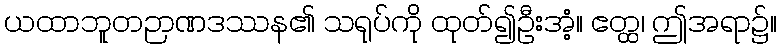
ယထာဘူတဉာဏဒဿန၏ သရုပ်ကို ထုတ်၍ဦးအံ့။ ဧတ္ထ၊ ဤအရာ၌။